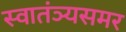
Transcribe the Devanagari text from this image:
स्वातंञ्यसमर